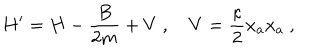
H ^ { \prime } = H - \frac { B } { 2 m } + V \ , \quad V = \frac { \kappa } { 2 } x _ { a } x _ { a } \ ,